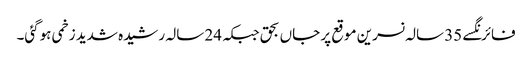
فائرنگسے 35 سالہ نسرین موقع پر جاں بحق جبکہ 24 سالہ رشیدہ شدید زخمی ہوگئی۔